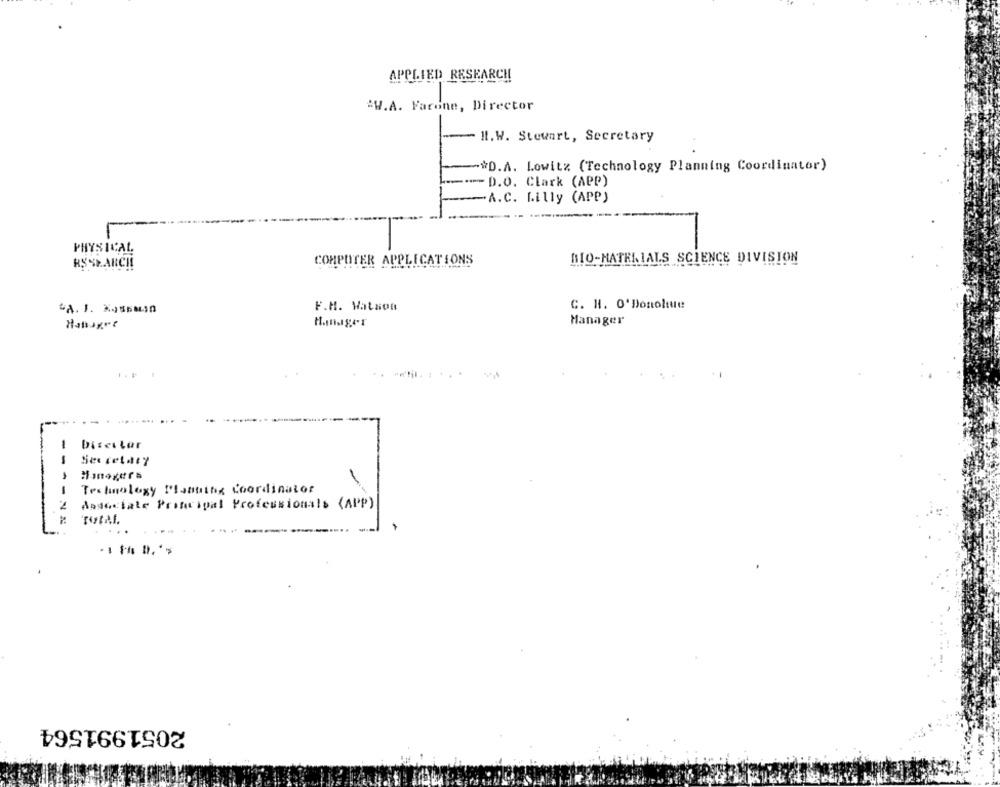
APPLIED RESEARCH
.W.A. Farone, Director
H.W. Stewart, Secretary
.* D.A. Lowitz (Technology Planning Coordinator)
--- D.O. Clark (APP)
.A.C. Lilly (APP)
PHYSICAL
MIO-MATERIALS SCIENCE DIVISION
HSSEARCH
COMPUTER APPLICATIONS
F.H. Watson
C. H. O' Donohue
CA. 1. XOSSAsn
Hunger
Manager
-
Disellar
-
Secretary
› Managers
-
Technology Planning Coordinator
Associate Principal Professionals (APP)
...
2051991564